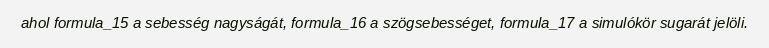
ahol formula_15 a sebesség nagyságát, formula_16 a szögsebességet, formula_17 a simulókör sugarát jelöli.